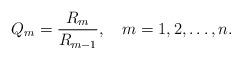
LaTeX: \begin{align*}Q_m=\frac{R_m}{R_{m-1}},\ \ \ m=1,2,\dots,n.\end{align*}